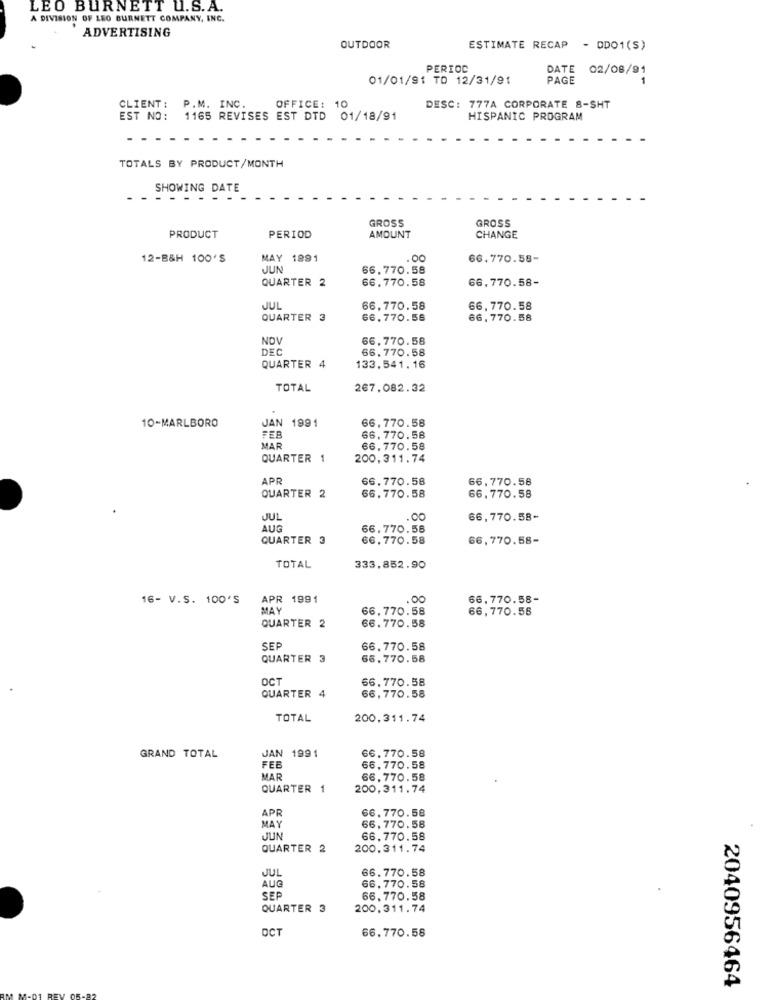
LEO BURNETT U.S.A.
A DIVISION OF LEO BURNETT COMPANY, INC.
ADVERTISING
OUTDOOR
ESTIMATE RECAP - DDO1(S)
PERIOD
DATE 02/08/91
01/01/91 TD 12/31/91
PAGE
CLIENT: P.M. INC.
OFFICE: 10
DESC: 777A CORPORATE 8-SHT
EST NO:
1165 REVISES EST DTD 01/18/91
HISPANIC PROGRAM
TOTALS BY PRODUCT/MONTH
SHOWING DATE
GROSS
GROSS
PRODUCT
PERIOD
AMOUNT
CHANGE
12-B&H 100'S
MAY 1891
.00
66.770.58-
JUN
66,770.58
QUARTER 2
66,770.58
66,770.58-
JUL
66,770.58
66,770.58
QUARTER 3
66.770.58
66,770.58
NOV
66,770.58
DEC
66.770.58
QUARTER 4
133,541. 16
TOTAL
267.082.32
10-MARLBORO
JAN 1991
66,770.58
FEB
66.770.58
MAR
66.770.58
QUARTER 1
200.311.74
APR
66.770.58
66,770.58
66.770.58
QUARTER 2
66.770.58
JUL
66,770.58-
AUG
66.770.58
QUARTER 3
66,770.58
66,770.58-
TOTAL
333,852.90
16- V.S. 100'S
APR 1991
.00
66,770.58-
MAY
66.770.58
66,770.58
QUARTER 2
66.770.58
SEP
66.770.58
QUARTER 3
66. 770.58
OCT
66.770.58
QUARTER 4
66,770.58
TOTAL
200.311.74
JAN 1991
GRAND TOTAL
66.770.58
FEB
66,770.58
MAR
66,770.58
QUARTER 1
200.311.74
APR
66.770.58
MAY
66, 770.58
JUN
66.770.58
QUARTER 2
200.311.74
66.770.58
JUL
66.770.58
AUG
SEP
66,770.58
QUARTER 3
200.311.74
OCT
66.770.58
2040956464